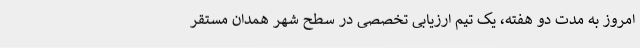
امروز به مدت دو هفته، یک تیم ارزیابی تخصصی در سطح شهر همدان مستقر